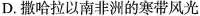
D.撒哈拉以南非洲的寒带风光